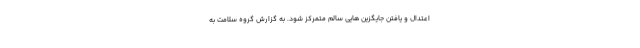
اعتدال و یافتن جایگزین هایی سالم متمرکز شود. به گزارش گروه سلامت به